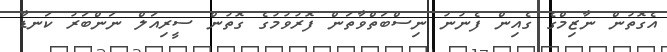
އެގޮތުން ނާޒިމްގެ ގެއިން ފެނުނު ނިސްބަތްވާތަން ފޮރުވުމުގެ ގޮތުން ސީރިއަލް ނަންބަރު ކަނޑާ